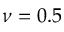
\nu = 0 . 5